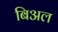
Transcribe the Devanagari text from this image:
बिअल